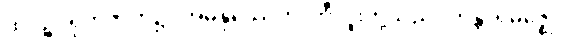
ထိုပဉ္စဂရုကဇာတ်၌။ အမနုဿေဟိ၊ ဘီလူးတို့သည်။ ကန္တာရမဇ္ဈေ၊